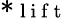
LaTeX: *_{\mathrm{~l~i~f~t~}}